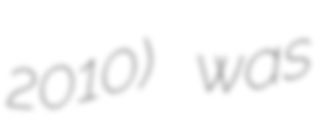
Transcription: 2010) was